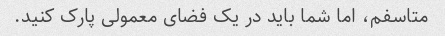
متاسفم، اما شما باید در یک فضای معمولی پارک کنید.